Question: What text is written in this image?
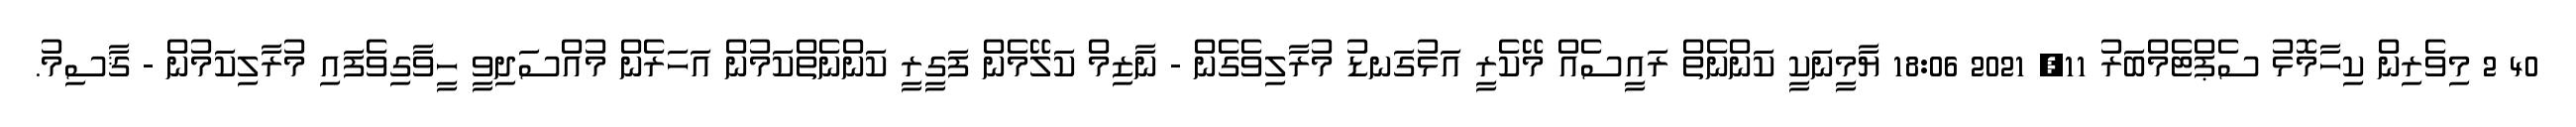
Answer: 40 2 މިވެރިން ކިހާމޮޅު ސެޕްޓެމްބަރު 11, 2021 18:06 ޔާމީނަކީ ކަންނެތް ރައީސެއް މޭކެރީ އަޅުގަނޑު މުރާލިވެގެން - ނާޒިމް ކަލޭމެން ފަގީރީ ކަންނެތްކަމުން އަހަރެން މުއްސަދިވީ ހީވާގިވެފައި މުރާލިކަމުން - ޤާސިމު.